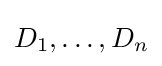
D_{1},\ldots ,D_{n}